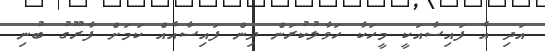
އަދި އެ ފައިސާއަކީ މީހަކާ ހަވާލުކުރަން ދިން ފައިސާއެއް ކަމަށް ފާރޫގު ބުނި